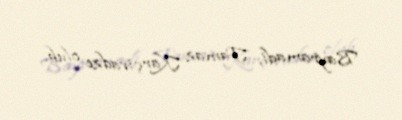
Bayramadi, Tamaz Karçivadze olub.